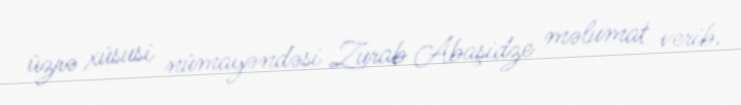
üzrə xüsusi nümayəndəsi Zurab Abaşidze məlumat verib.